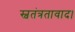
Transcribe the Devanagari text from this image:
स्वतंत्रतावाद।